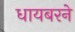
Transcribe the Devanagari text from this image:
धायबरने